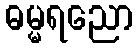
ဓမ္မရညော